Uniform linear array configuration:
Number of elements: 12
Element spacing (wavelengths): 0.5
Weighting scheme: hamming
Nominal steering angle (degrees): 45
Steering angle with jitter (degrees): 45.822
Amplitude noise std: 0.05
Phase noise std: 0.05

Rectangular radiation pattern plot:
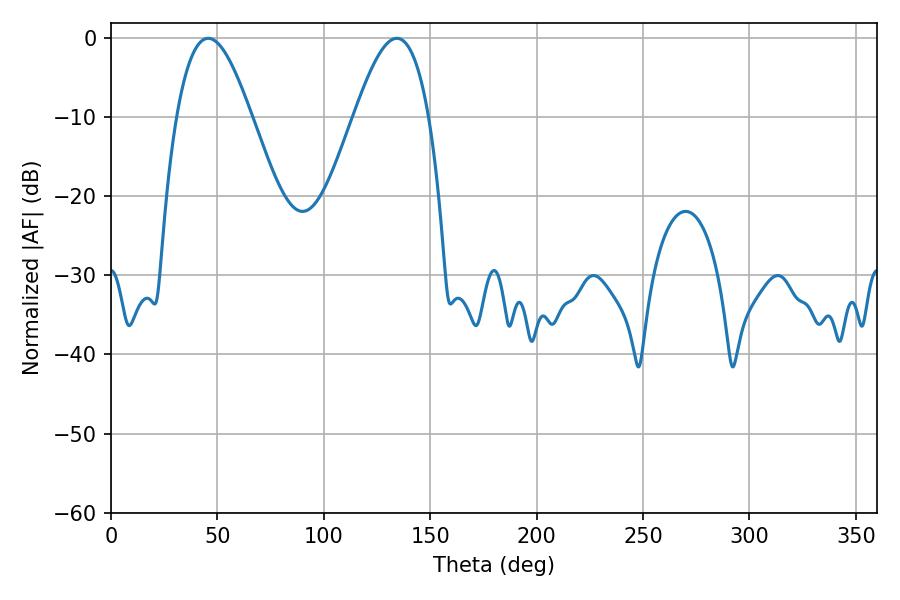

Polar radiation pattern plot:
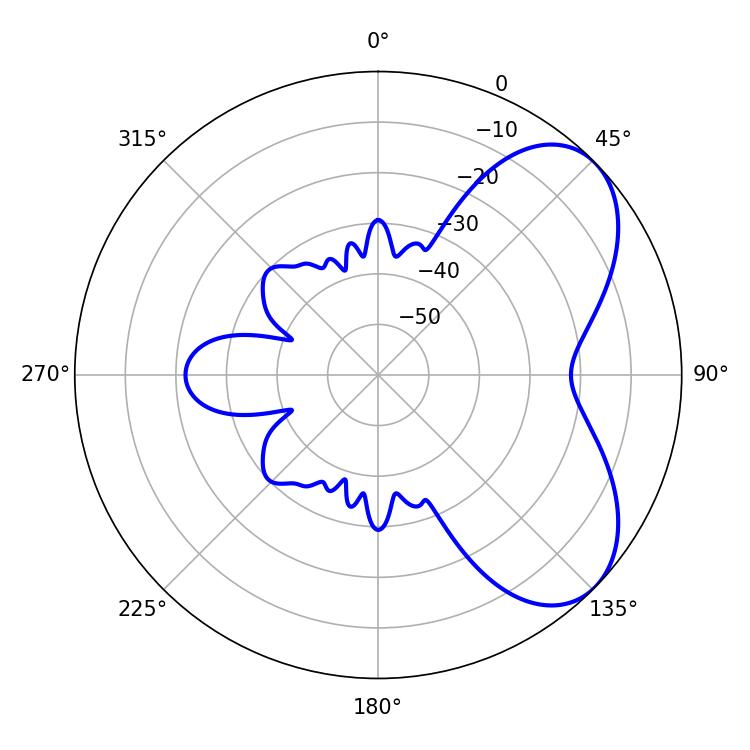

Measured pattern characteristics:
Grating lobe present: FALSE
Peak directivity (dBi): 5.783
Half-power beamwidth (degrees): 18.9
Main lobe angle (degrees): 45.72